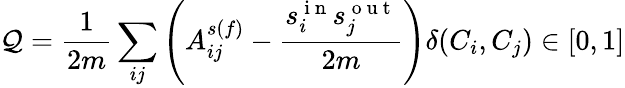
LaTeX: \mathcal{Q}=\frac{{1}}{{2m}}\sum_{ij}\left(A_{ij}^{s(f)}-\frac{{s_{i}^{\mathrm{{~i~n~}}}s_{j}^{\mathrm{{~o~u~t~}}}}}{{2m}}\right)\delta(C_{i},C_{j})\in[0,1]